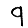
Digit: 9